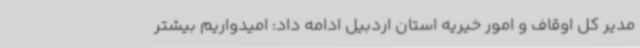
مدیر کل اوقاف و امور خیریه استان اردبیل ادامه داد: امیدواریم بیشتر